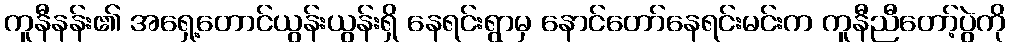
ကူနီနန်း၏ အရှေ့တောင်ယွန်းယွန်းရှိ နေရင်းရွာမှ နောင်တော်နေရင်းမင်းက ကူနီညီတော့်ပွဲကို